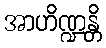
အာဟိဏ္ဍန္တိ